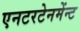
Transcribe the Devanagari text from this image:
एनटरटेनमेंन्ट